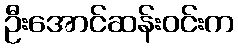
ဦးအောင်ဆန်းဝင်းက